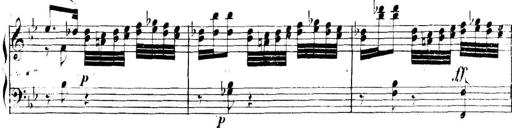
Title: Collected Piano Sonatas
Composer: Muzio Clementi